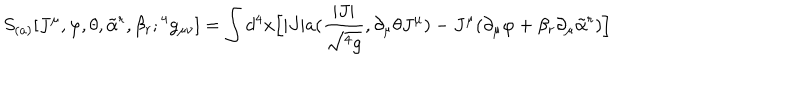
LaTeX: S _ { ( a ) } [ J ^ { \mu } , \varphi , \theta , { \tilde { \alpha } } ^ { r } , \beta _ { r } ; { } ^ { 4 } g _ { \mu \nu } ] = \int d ^ { 4 } x \Big [ | J | a ( { \frac { | J | } { \sqrt { { } ^ { 4 } g } } } , \partial _ { \mu } \theta J ^ { \mu } ) - J ^ { \mu } ( \partial _ { \mu } \varphi + \beta _ { r } \partial _ { \mu } { \tilde { \alpha } } ^ { r } ) \Big ]